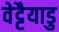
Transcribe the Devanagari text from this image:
वेट्टैयाडु